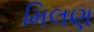
મિલણ